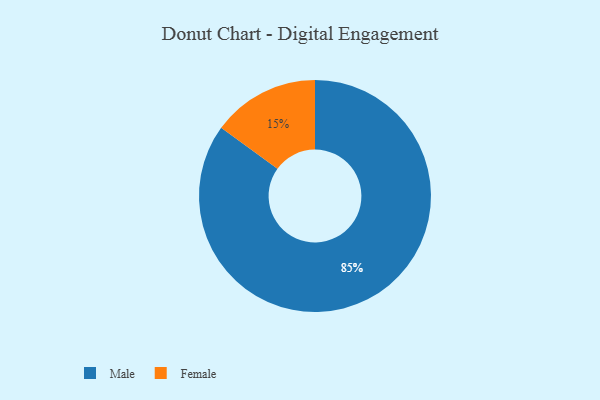
{"axis": {"x": "Category", "y": "Percentage"}, "legend": ["Female", "Male"], "data": [{"x": "Female", "y": 15, "type": "Female"}, {"x": "Male", "y": 85, "type": "Male"}]}